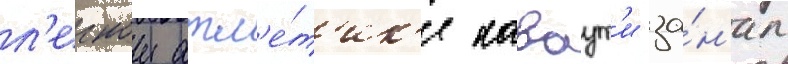
л'егкои атл'е́т'ик'е каваут'и за́н'ял